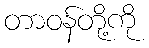
တာဝန်တို့ကို